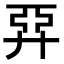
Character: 𢍐